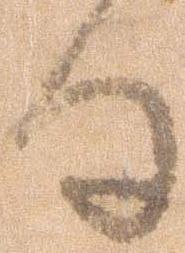
る